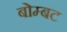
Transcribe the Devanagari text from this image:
बोम्बट